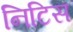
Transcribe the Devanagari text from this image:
निटिस